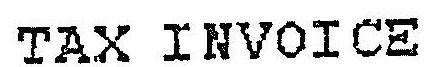
TAX INVOICE